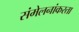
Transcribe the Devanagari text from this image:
संमेलनांकरता